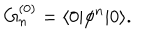
G _ { n } ^ { ( 0 ) } = \langle 0 | \phi ^ { n } | 0 \rangle .